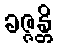
ခဇ္ဇန္တိ